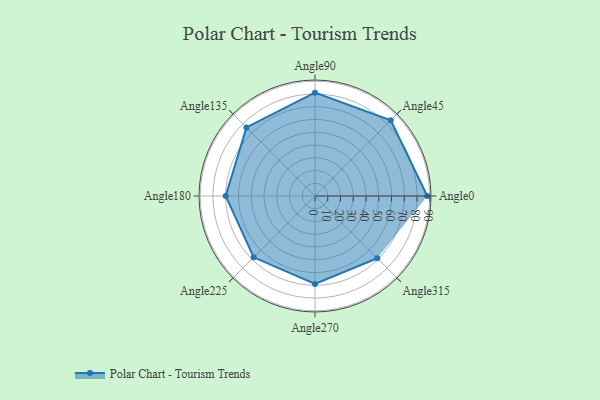
{"axis": {"x": "Angle", "y": "Radius"}, "legend": [""], "data": [{"x": "Angle0", "y": 88.0, "type": ""}, {"x": "Angle45", "y": 84.0, "type": ""}, {"x": "Angle90", "y": 81.0, "type": ""}, {"x": "Angle135", "y": 76.0, "type": ""}, {"x": "Angle180", "y": 70.0, "type": ""}, {"x": "Angle225", "y": 68.0, "type": ""}, {"x": "Angle270", "y": 69.0, "type": ""}, {"x": "Angle315", "y": 69.0, "type": ""}]}